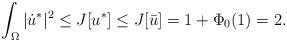
LaTeX: \begin{align*}\int_\Omega |\dot u^*|^2 \le J[u^*]\le J[\bar u] = 1+ \Phi_0(1)=2.\end{align*}